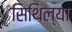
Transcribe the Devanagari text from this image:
सिथिल्या